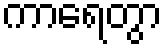
ကာရေတွာ